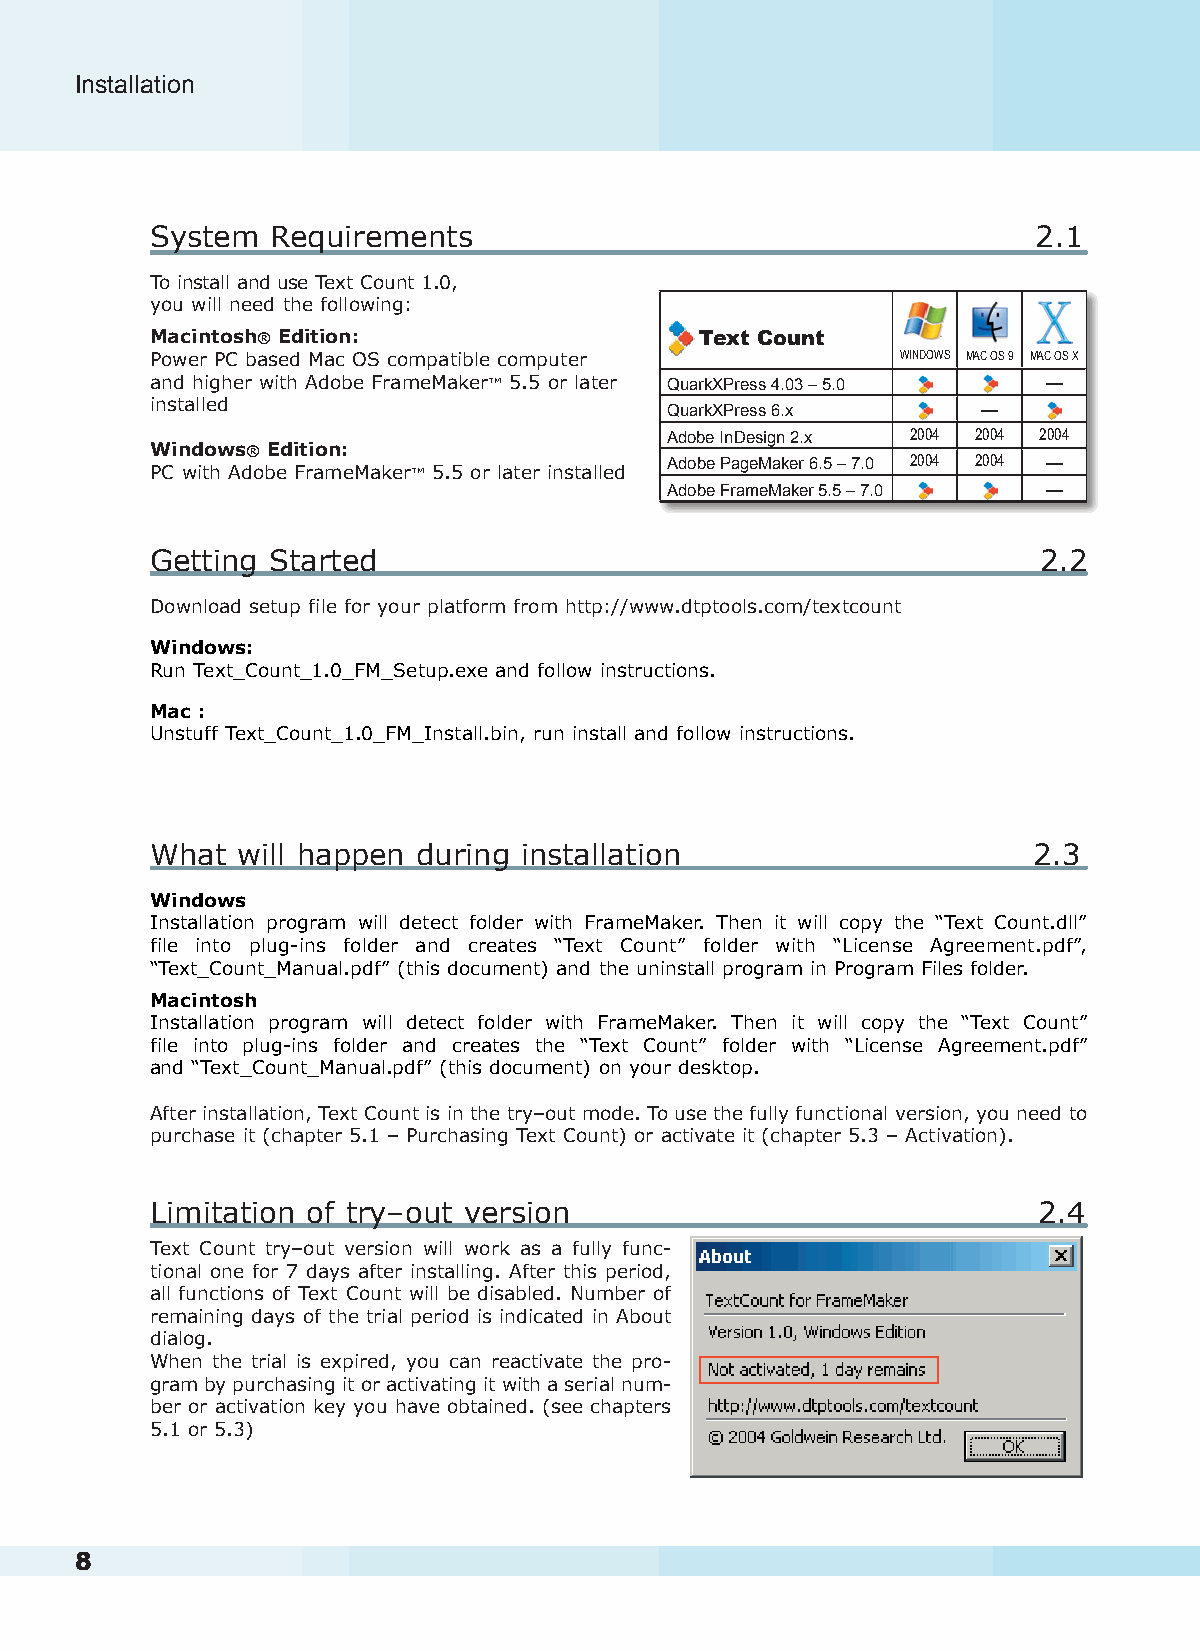
Installation                                                                                                                            Using Text Count
 System  Requirements                                       2.1
 To install and use Text Count 1.0,
 you will need the following:
 Macintosh® Edition:                 Text Count
 Power PC based Mac OS compatible computer         WINDOWS MAC OS 9 MAC OS X
 and higher with Adobe FrameMaker™ 5.5 or later QuarkXPress 4.03 – 5.0 —
 installed                         QuarkXPress 6.x      —
 Adobe InDesign 2.x 2004 2004 2004
 Windows® Edition:
 PC with Adobe FrameMaker™ 5.5 or later installed Adobe PageMaker 6.5 – 7.0 2004 2004 —
 Adobe FrameMaker 5.5 – 7.0 —
 Getting Started                                            2.2
 Download setup file for your platform from http://www.dtptools.com/textcount
 Windows:
 Run Text_Count_1.0_FM_Setup.exe and follow instructions.
 Mac :
 Unstuff Text_Count_1.0_FM_Install.bin, run install and follow instructions.
 What  will happen during installation                     2.3
 Windows
 Installation program will detect folder with FrameMaker. Then it will copy the “Text Count.dll”
 file into plug-ins folder and creates “Text Count” folder with “License Agreement.pdf”,
 “Text_Count_Manual.pdf” (this document) and the uninstall program in Program Files folder.
 Macintosh
 Installation program will detect folder with FrameMaker. Then it will copy the “Text Count”
 file into plug-ins folder and creates the “Text Count” folder with “License Agreement.pdf”
 and “Text_Count_Manual.pdf” (this document) on your desktop.
 After installation, Text Count is in the try–out mode. To use the fully functional version, you need to
 purchase it (chapter 5.1 – Purchasing Text Count) or activate it (chapter 5.3 – Activation).
 Limitation of try–out version                              2.4
 Text Count try–out version will work as a fully func-
 tional one for 7 days after installing. After this period,
 all functions of Text Count will be disabled. Number of
 remaining days of the trial period is indicated in About
 dialog.
 When the trial is expired, you can reactivate the pro-
 gram by purchasing it or activating it with a serial num-
 ber or activation key you have obtained. (see chapters
 5.1 or 5.3)
 8                                                                                                                                                   9